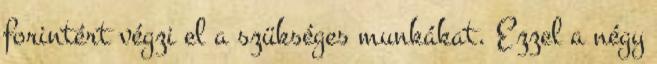
forintért végzi el a szükséges munkákat. Ezzel a négy